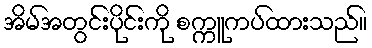
အိမ်အတွင်းပိုင်းကို စက္ကူကပ်ထားသည်။